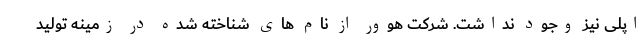
اپلی نیز وجود نداشت. شرکت هوور از نام های شناخته شده در زمینه تولید